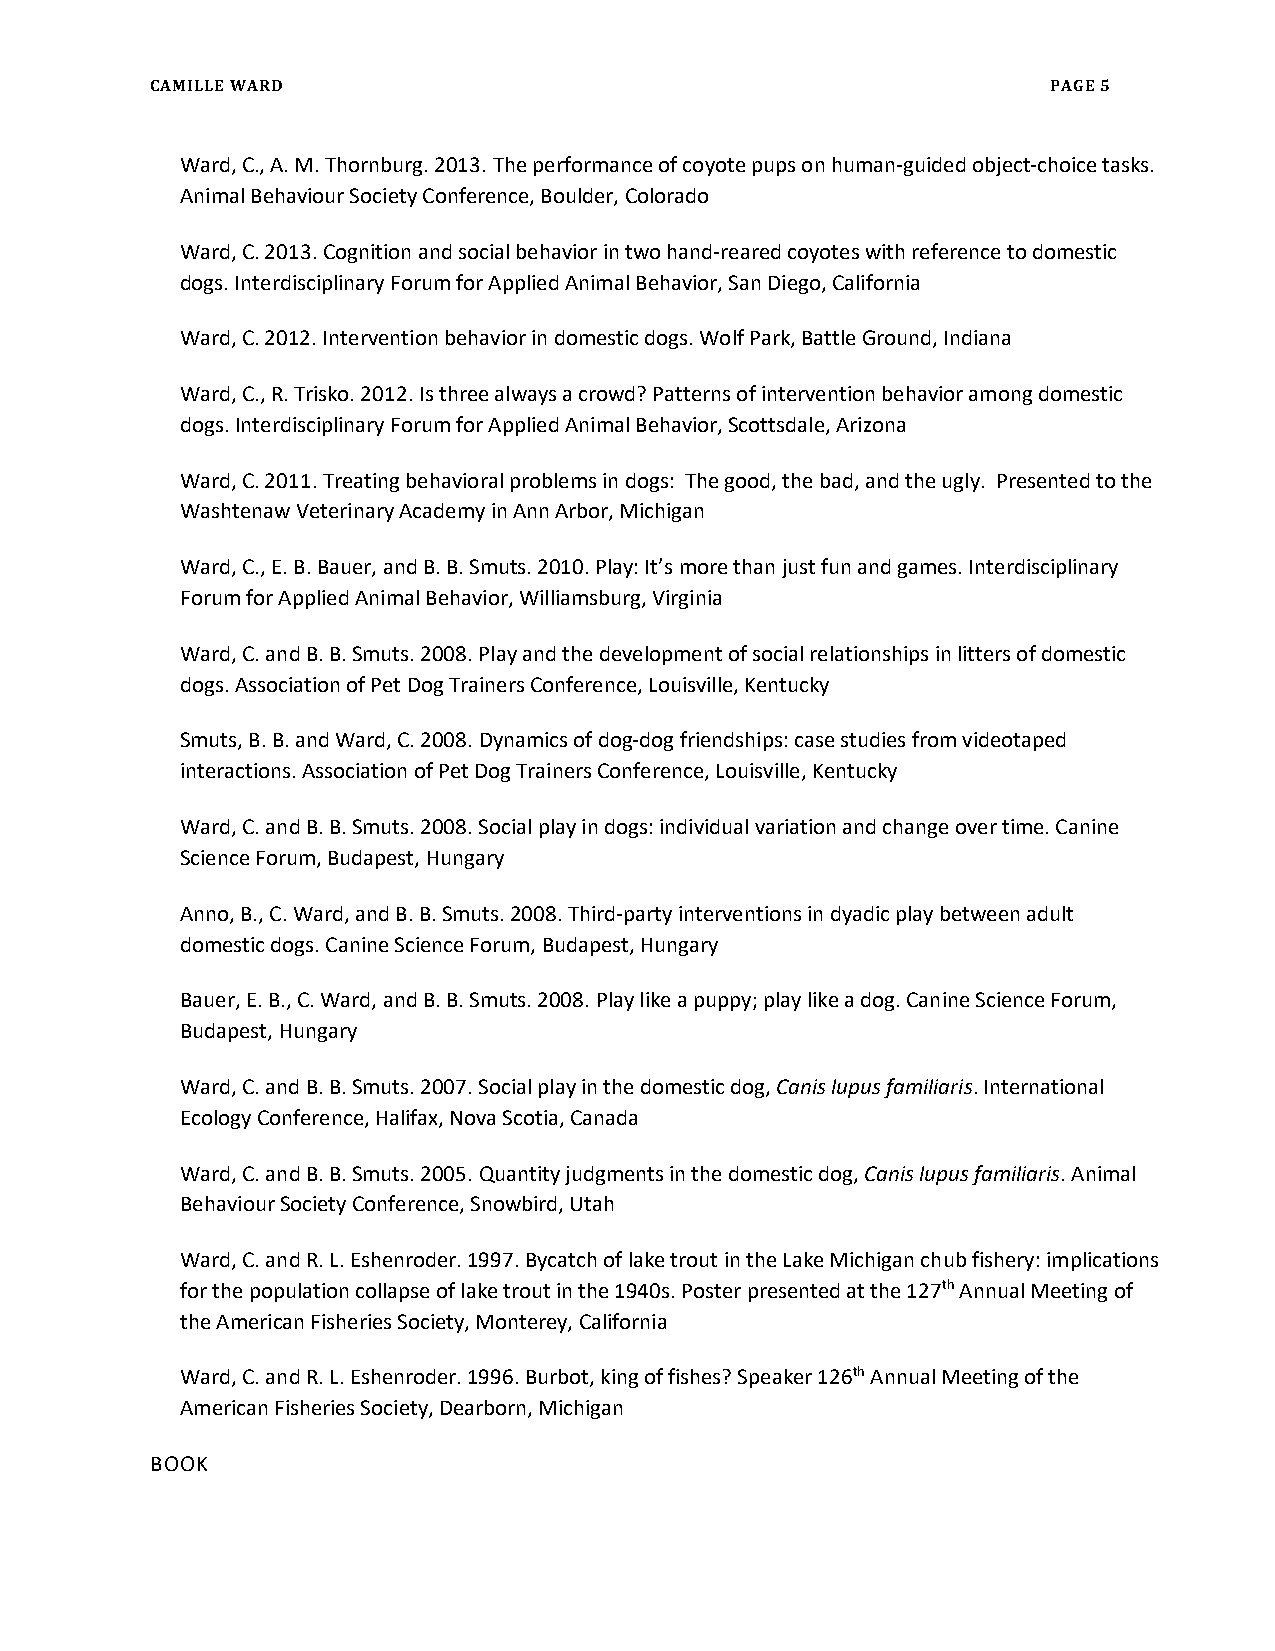
CAMILLE WARD                                                PAGE 5
 Ward, C., A. M. Thornburg. 2013. The performance of coyote pups on human-guided object-choice tasks.
 Animal Behaviour Society Conference, Boulder, Colorado
 Ward, C. 2013. Cognition and social behavior in two hand-reared coyotes with reference to domestic
 dogs. Interdisciplinary Forum for Applied Animal Behavior, San Diego, California
 Ward, C. 2012. Intervention behavior in domestic dogs. Wolf Park, Battle Ground, Indiana
 Ward, C., R. Trisko. 2012. Is three always a crowd? Patterns of intervention behavior among domestic
 dogs. Interdisciplinary Forum for Applied Animal Behavior, Scottsdale, Arizona
 Ward, C. 2011. Treating behavioral problems in dogs: The good, the bad, and the ugly. Presented to the
 Washtenaw Veterinary Academy in Ann Arbor, Michigan
 Ward, C., E. B. Bauer, and B. B. Smuts. 2010. Play: It’s more than just fun and games. Interdisciplinary
 Forum for Applied Animal Behavior, Williamsburg, Virginia
 Ward, C. and B. B. Smuts. 2008. Play and the development of social relationships in litters of domestic
 dogs. Association of Pet Dog Trainers Conference, Louisville, Kentucky
 Smuts, B. B. and Ward, C. 2008. Dynamics of dog-dog friendships: case studies from videotaped
 interactions. Association of Pet Dog Trainers Conference, Louisville, Kentucky
 Ward, C. and B. B. Smuts. 2008. Social play in dogs: individual variation and change over time. Canine
 Science Forum, Budapest, Hungary
 Anno, B., C. Ward, and B. B. Smuts. 2008. Third-party interventions in dyadic play between adult
 domestic dogs. Canine Science Forum, Budapest, Hungary
 Bauer, E. B., C. Ward, and B. B. Smuts. 2008. Play like a puppy; play like a dog. Canine Science Forum,
 Budapest, Hungary
 Ward, C. and B. B. Smuts. 2007. Social play in the domestic dog, Canis lupus familiaris. International
 Ecology Conference, Halifax, Nova Scotia, Canada
 Ward, C. and B. B. Smuts. 2005. Quantity judgments in the domestic dog, Canis lupus familiaris. Animal
 Behaviour Society Conference, Snowbird, Utah
 Ward, C. and R. L. Eshenroder. 1997. Bycatch of lake trout in the Lake Michigan chub fishery: implications
 for the population collapse of lake trout in the 1940s. Poster presented at the 127th Annual Meeting of
 the American Fisheries Society, Monterey, California
 Ward, C. and R. L. Eshenroder. 1996. Burbot, king of fishes? Speaker 126th Annual Meeting of the
 American Fisheries Society, Dearborn, Michigan
 BOOK